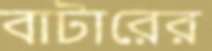
বাটারের